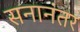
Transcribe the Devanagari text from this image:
सनानंतर